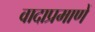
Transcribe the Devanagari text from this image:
वादाप्रमाणें